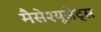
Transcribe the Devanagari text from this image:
मैसेश्यूसेट्स